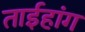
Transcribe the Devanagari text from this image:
ताईहांग